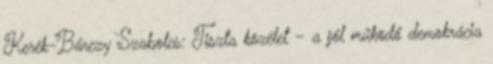
Kerék-Bárczy Szabolcs: Tiszta közélet – a jól működő demokrácia